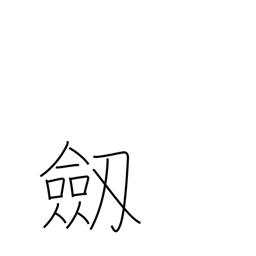
Meaning: sword